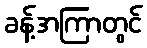
ခန့်အကြာတွင်